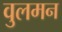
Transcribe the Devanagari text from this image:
वुलमन